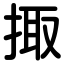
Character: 掫